King Institute of Preventive Medicine Bacteriolog. Section reports 1907-08
Year: 1907
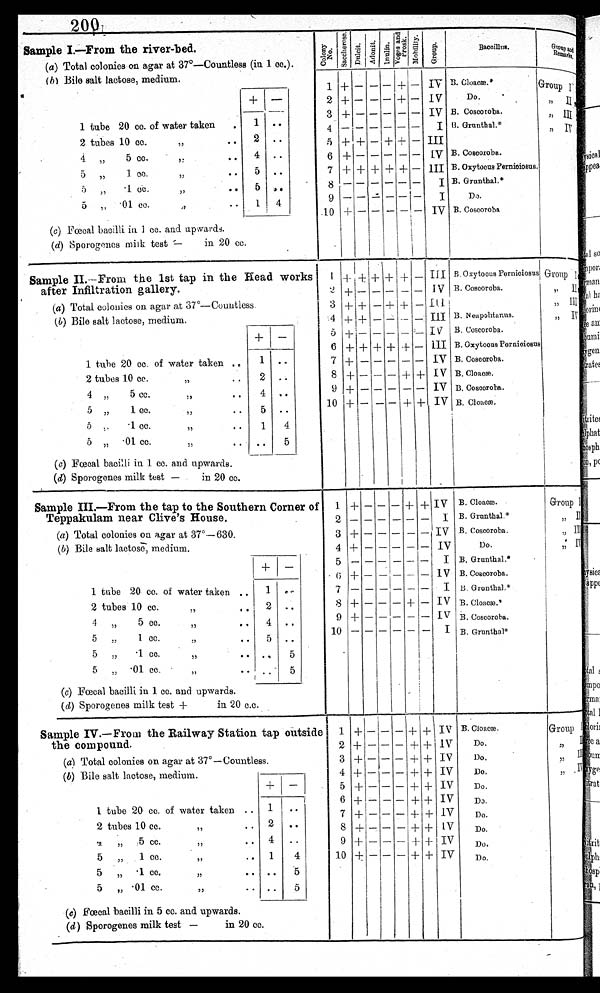
200
Sample I.
—
From the river-bed.
(a) Total colonies on agar at 37°— Countless (in 1 cc.).
(b) Bile salt lactose, medium.
+ -
1 tube 20 cc. of water taken
. 1 . .
2 tubes 10 cc.
,,
• •
2 ..
4
5 cc.
,,
..
4 .
5
1 cc.
,,
..
5..
5
.1 c. c.
• •.
5 . •
5 ,, • 01 cc.
,,
..
1 4
.
(c) Fœcal bacilli in 1 cc. and upwards.
(d) Sporogenes milk test -
in 20 cc.
C o l o n y N o .
S a c c h e r o s e .
Dul i t.
A d o n i t .
I n u l i n .
V o g e s a n d P r o s k .
M o b i l i t y .
G r o u p .
Ba c c i l l u s .
G r o u p a n d r e m a r k s
B. Cloacæ.*
Do.
B. Coscoroba.
B. Grunthal.*
B. Coscoroba.
B. Oxytocus Pernicious
B. Grunthal.*
Do.
B. Coscoroba
1
2
3
5
6
7
.10
-I
-
4
8
9
+
+-
+
+
+
+
__
+
+
__
-
-
+
..
__
-
+
+
1
+
+-
+
+
__
-
-
iv
I
TV
I
III
I V
HI
I
I
I V
Group I , , I I
, , I I I
, , I V
Sample II.
—
From the 1st tap in the Read works
after Infiltration gallery.
(a) Total colonies on agar at 37°— Countless.
(b) Bile salt lactose, medium.
+ -
1 tube 20 cc. of watcr taken ..
1 • •
2 tubes 10 cc.
,,
..
2 ..
4 „
5 cc.,,
4 ..
, ,
5 „
1 cc.
5
5 „
• 1 cc...
1
4
, ,
5 „ -01 cc.
..
5
,,
(c) Faecal bacilli in 1 cc. and upwards.
(d) Sporogenes milk test -
in 20 cc.
I 4_
2 2
3
4
5
6
7
8
9
10
++
4_
+
+
+
+
+
-
+-
4+
I.+
-
+
-
-
+
-
_
+
-
-
-
+
+
+
-
-
-
.-........,......_........:„
.+
+
-
+
+
-
+
-
-
-
-
4-
-
+
III
1 V
1 1. 1
III
I V
III
IV
IV
IV
IV
B. Oxytocus Perniciosus
B. Coscoroba.
B. Neapohtanus.
B. Coscoroba.
B. Oxytocus Perniciosus
B. Coscoroba.
B. Cloacæ.
B. Coscoroba.
B. Cloacæ.
Group I
,, II
„ III
,, IV
SampleIII.
—
From the tap to the Southern Corner of
Teppakulam near Clive's House.
(a) Total colonics on agar at 37°— 630.
(b) Bile salt lactose, medium.
+
-
1 tube 20 cc. of water taken „
1
2 tubes 10 cc.
, ,
2 ..
4 „
5 cc.
4 . •
, ,
5 „
1 cc.
..
5 ..
5 „
1 co.
• • ..
5
,,
5 „ .01 cc..
.
5
,1
• •
(c) Fœcal bacilli in 1. cc. and upwards.
(d) Sporogenes milk test +
in 20 c.c.
1
3
4
5
6
7
8
10
2
9+
+
- +
-
+
-I-
+
-
-
-
-
-
I
-
-
-
-
-
-
- +
+
-
- I
+
-
-
-
IV
I
IV
IV
I
1 V
1
IV
IV
I
B. Cloacæ.
B. Grunthal.*
B. Coscoroba.
Do.
B. Grunthal.*
B. Coscoroba.
B. Grunthal.*
B. Cloacæ.*
B. Coscoroba.
B. Grunthal*
Group 1
„ II
„
I I I
, , I V
Sample IV.
—
Frow the Railway Station tap outside •
the compound.
(a) Total colonies on agar at 37°—
Countless.
(b) Bile salt lactose, medium.
+ -
1 tube 20 cc. of water taken ..
1 .. •
2 tubes 10 cc.. . 2 • •
, ,
„
5 cc.
,,
.. 4
..
5 ,, 1 cc.
,,
..
1
4
5
„ • 1 cc.
,,
• . ..
5
5
„ • 01 cc.
,,
• • • •
(c) Fœcal bacilli in 5 cc. and upwards.
(d) Sporogenes milk test -
in 20 cc.
•
1
2
3
4
5
6
7
8
9
10
4-
-I-
+
+
+
+
+
+
+
+
-
--
-1-
-
-
-
- I -
-
-
-
-
-
- -
-
-
-
-
-
-
-
-
-
-
-
+
+
+
+
+
-+
4- 1+
+
+
+
±
+
+
+
±
+
+
+
IV
IV
IV
IV
IV
IV
IV
[ V
IV
IV
B. C l o a c æ .
Do.
Do.
Dc.
Do.
Di.
DO.
Do.
Do.
D o .
Group I , , I I
, , I I I
, , I V